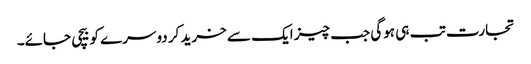
تجارت تب ہی ہوگی جب چیز ایک سے خرید کر دوسرے کو بیچی جائے۔